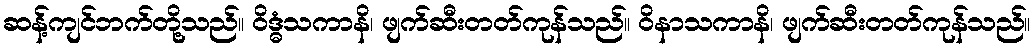
ဆန့်ကျင်ဘက်တို့သည်။ ဝိဒ္ဓံသကာနိ၊ ဖျက်ဆီးတတ်ကုန်သည်။ ဝိနာသကာနိ၊ ဖျက်ဆီးတတ်ကုန်သည်။